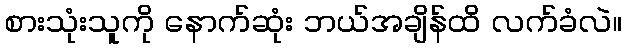
စားသုံးသူကို နောက်ဆုံး ဘယ်အချိန်ထိ လက်ခံလဲ။